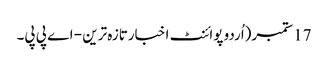
17 ستمبر(اُردو پوائنٹ اخبارتازہ ترین - اے پی پی۔